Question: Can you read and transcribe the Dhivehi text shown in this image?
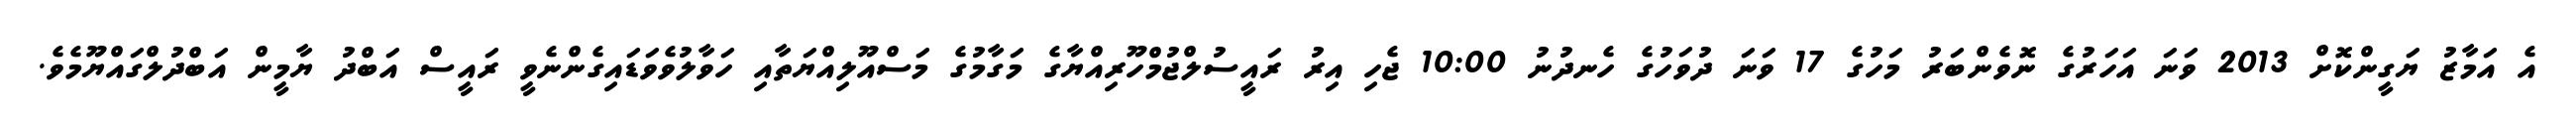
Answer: އެ އަމާޒު ޔަގީންކޮށް 2013 ވަނަ އަހަރުގެ ނޮވެންބަރު މަހުގެ 17 ވަނަ ދުވަހުގެ ހެނދުނު 10:00 ޖެހި އިރު ރައީސުލްޖުމްހޫރިއްޔާގެ މަގާމުގެ މަސްއޫލިއްޔަތާއި ހަވާލުވެވަޑައިގެންނެވީ ރައީސް އަބްދު ޔާމީން އަބްދުލްގައްޔޫމެވެ.